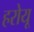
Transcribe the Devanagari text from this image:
हरोयू